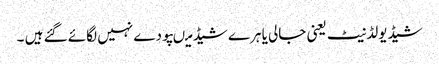
شیڈیولڈنیٹ یعنی جالی یا ہرے شیڈ میںپودے نہیں لگائے گئے ہیں ۔